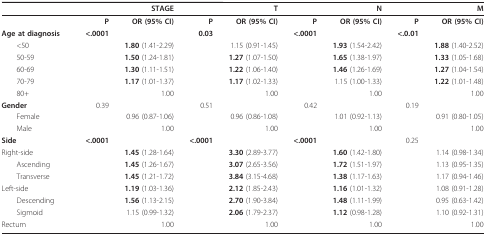
<table><thead><tr><td></td><td colspan="2"><b>STAGE</b></td><td colspan="2"><b>T</b></td><td colspan="2"><b>N</b></td><td colspan="2"><b>M</b></td></tr></thead><tbody><tr><td></td><td><b>P</b></td><td><b>OR (95% CI)</b></td><td><b>P</b></td><td><b>OR (95% CI)</b></td><td><b>P</b></td><td><b>OR (95% CI)</b></td><td><b>P</b></td><td><b>OR (95% CI)</b></td></tr><tr><td><b>Age at diagnosis</b></td><td><b>&lt;.0001</b></td><td></td><td><b>0.03</b></td><td></td><td><b>&lt;.0001</b></td><td></td><td><b>&lt;.0.01</b></td><td></td></tr><tr><td> &lt;50</td><td></td><td><b>1.80 </b>(1.41-2.29)</td><td></td><td>1.15 (0.91-1.45)</td><td></td><td><b>1.93 </b>(1.54-2.42)</td><td></td><td><b>1.88 </b>(1.40-2.52)</td></tr><tr><td> 50-59</td><td></td><td><b>1.50 </b>(1.24-1.81)</td><td></td><td><b>1.27 </b>(1.07-1.50)</td><td></td><td><b>1.65 </b>(1.38-1.97)</td><td></td><td><b>1.33 </b>(1.05-1.68)</td></tr><tr><td> 60-69</td><td></td><td><b>1.30 </b>(1.11-1.51)</td><td></td><td><b>1.22 </b>(1.06-1.40)</td><td></td><td><b>1.46 </b>(1.26-1.69)</td><td></td><td><b>1.27 </b>(1.04-1.54)</td></tr><tr><td> 70-79</td><td></td><td><b>1.17 </b>(1.01-1.37)</td><td></td><td><b>1.17 </b>(1.02-1.33)</td><td></td><td>1.15 (1.00-1.33)</td><td></td><td><b>1.22 </b>(1.01-1.48)</td></tr><tr><td> 80+</td><td></td><td>1.00</td><td></td><td>1.00</td><td></td><td>1.00</td><td></td><td>1.00</td></tr><tr><td><b>Gender</b></td><td>0.39</td><td></td><td>0.51</td><td></td><td>0.42</td><td></td><td>0.19</td><td></td></tr><tr><td> Female</td><td></td><td>0.96 (0.87-1.06)</td><td></td><td>0.96 (0.86-1.08)</td><td></td><td>1.01 (0.92-1.13)</td><td></td><td>0.91 (0.80-1.05)</td></tr><tr><td> Male</td><td></td><td>1.00</td><td></td><td>1.00</td><td></td><td>1.00</td><td></td><td>1.00</td></tr><tr><td><b>Side</b></td><td><b>&lt;.0001</b></td><td></td><td><b>&lt;.0001</b></td><td></td><td><b>&lt;.0001</b></td><td></td><td>0.25</td><td></td></tr><tr><td>Right-side</td><td></td><td><b>1.45 </b>(1.28-1.64)</td><td></td><td><b>3.30 </b>(2.89-3.77)</td><td></td><td><b>1.60 </b>(1.42-1.80)</td><td></td><td>1.14 (0.98-1.34)</td></tr><tr><td> Ascending</td><td></td><td><b>1.45 </b>(1.26-1.67)</td><td></td><td><b>3.07 </b>(2.65-3.56)</td><td></td><td><b>1.72 </b>(1.51-1.97)</td><td></td><td>1.13 (0.95-1.35)</td></tr><tr><td> Transverse</td><td></td><td><b>1.45 </b>(1.21-1.72)</td><td></td><td><b>3.84 </b>(3.15-4.68)</td><td></td><td><b>1.38 </b>(1.17-1.63)</td><td></td><td>1.17 (0.94-1.46)</td></tr><tr><td>Left-side</td><td></td><td><b>1.19 </b>(1.03-1.36)</td><td></td><td><b>2.12 </b>(1.85-2.43)</td><td></td><td><b>1.16 </b>(1.01-1.32)</td><td></td><td>1.08 (0.91-1.28)</td></tr><tr><td> Descending</td><td></td><td><b>1.56 </b>(1.13-2.15)</td><td></td><td><b>2.70 </b>(1.90-3.84)</td><td></td><td><b>1.48 </b>(1.11-1.99)</td><td></td><td>0.95 (0.63-1.42)</td></tr><tr><td> Sigmoid</td><td></td><td>1.15 (0.99-1.32)</td><td></td><td><b>2.06 </b>(1.79-2.37)</td><td></td><td><b>1.12 </b>(0.98-1.28)</td><td></td><td>1.10 (0.92-1.31)</td></tr><tr><td>Rectum</td><td></td><td>1.00</td><td></td><td>1.00</td><td></td><td>1.00</td><td></td><td>1.00</td></tr></tbody></table>